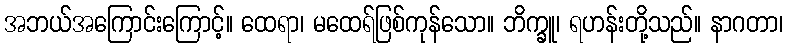
အဘယ်အကြောင်းကြောင့်။ ထေရာ၊ မထေရ်ဖြစ်ကုန်သော။ ဘိက္ခူ၊ ရဟန်းတို့သည်။ နာဂတာ၊